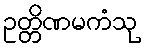
ဥတ္တိဏမကံသု